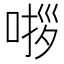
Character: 𭈵